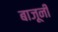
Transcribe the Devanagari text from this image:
बाजूनीं